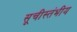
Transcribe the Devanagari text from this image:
सूचीस्तंभीय